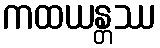
ကထယန္တဿ